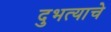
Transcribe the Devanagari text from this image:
दुभत्याचे